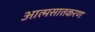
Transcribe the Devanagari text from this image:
आत्मसातकरण